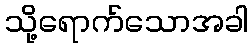
သို့ရောက်သောအခါ